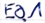
Text: E0.1